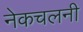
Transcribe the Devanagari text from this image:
नेकचलनी